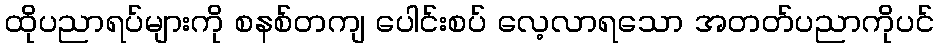
ထိုပညာရပ်များကို စနစ်တကျ ပေါင်းစပ် လေ့လာရသော အတတ်ပညာကိုပင်